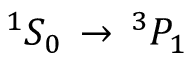
^ { 1 } S _ { 0 } \, \rightarrow \, ^ { 3 } P _ { 1 }